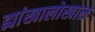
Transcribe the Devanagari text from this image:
ह्यांखालोखाल